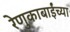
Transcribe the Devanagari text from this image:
रेणुकाबाईंच्या